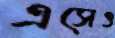
এসেও